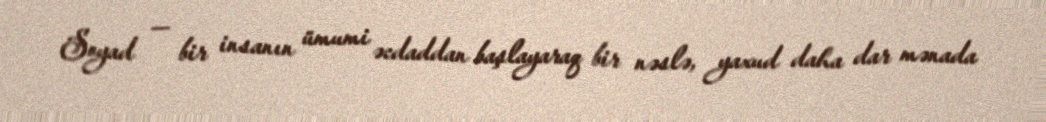
Soyad — bir insanın ümumi əcdaddan başlayaraq bir nəslə, yaxud daha dar mənada